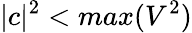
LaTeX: |c|^{2}<max(V^{2})